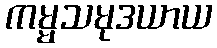
ကမ္မသမုဒယာယ